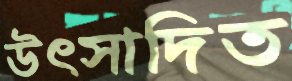
উৎসাদিত